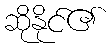
ဆိုနိုင်၏